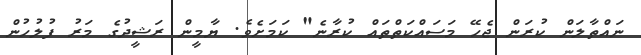
ނައްތާލަން ކުރަން ޖެހޭ މަސައްކަތްތައް ކުރާނެ" ކަމަށެވެ. ޔާމީން ރަޝީދުގެ މަރު ފުލުހުން